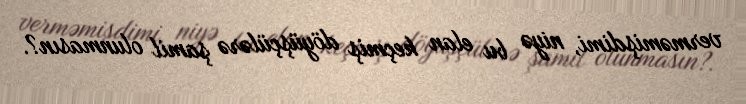
verməmişdimi, niyə bu elan keçmiş döyüşçülərə şamil olunmasın?.